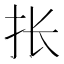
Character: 𰓄